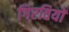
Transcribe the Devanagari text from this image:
गिरवियों